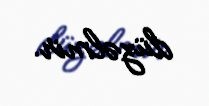
düzəlmir.